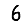
Digit: 6